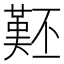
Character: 𱍨